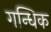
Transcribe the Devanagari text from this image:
गन्धिक